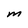
Character: M